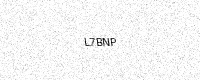
Text: L7BNP